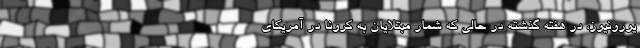
یورونیوز، در هفته گذشته در حالی که شمار مبتلایان به کرونا در آمریکای